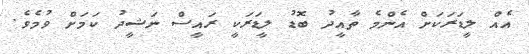
އެއް ލީޑަރަކަށް އެންމެ ތާއީދު ބޮޑު ލީޑަރަކީ ރައީސް ނަޝީދު ކަމަށް ވުމެވެ.